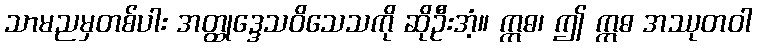
သာမညမှတစ်ပါး အတ္ထုဒ္ဒေသဝိသေသကို ဆိုဦးအံ့။ ဣဓ၊ ဤ ဣဓ အဿုတဝါ